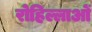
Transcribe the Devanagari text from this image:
रोहिल्लाओं